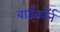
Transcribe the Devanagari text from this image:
बाईकॉर्न